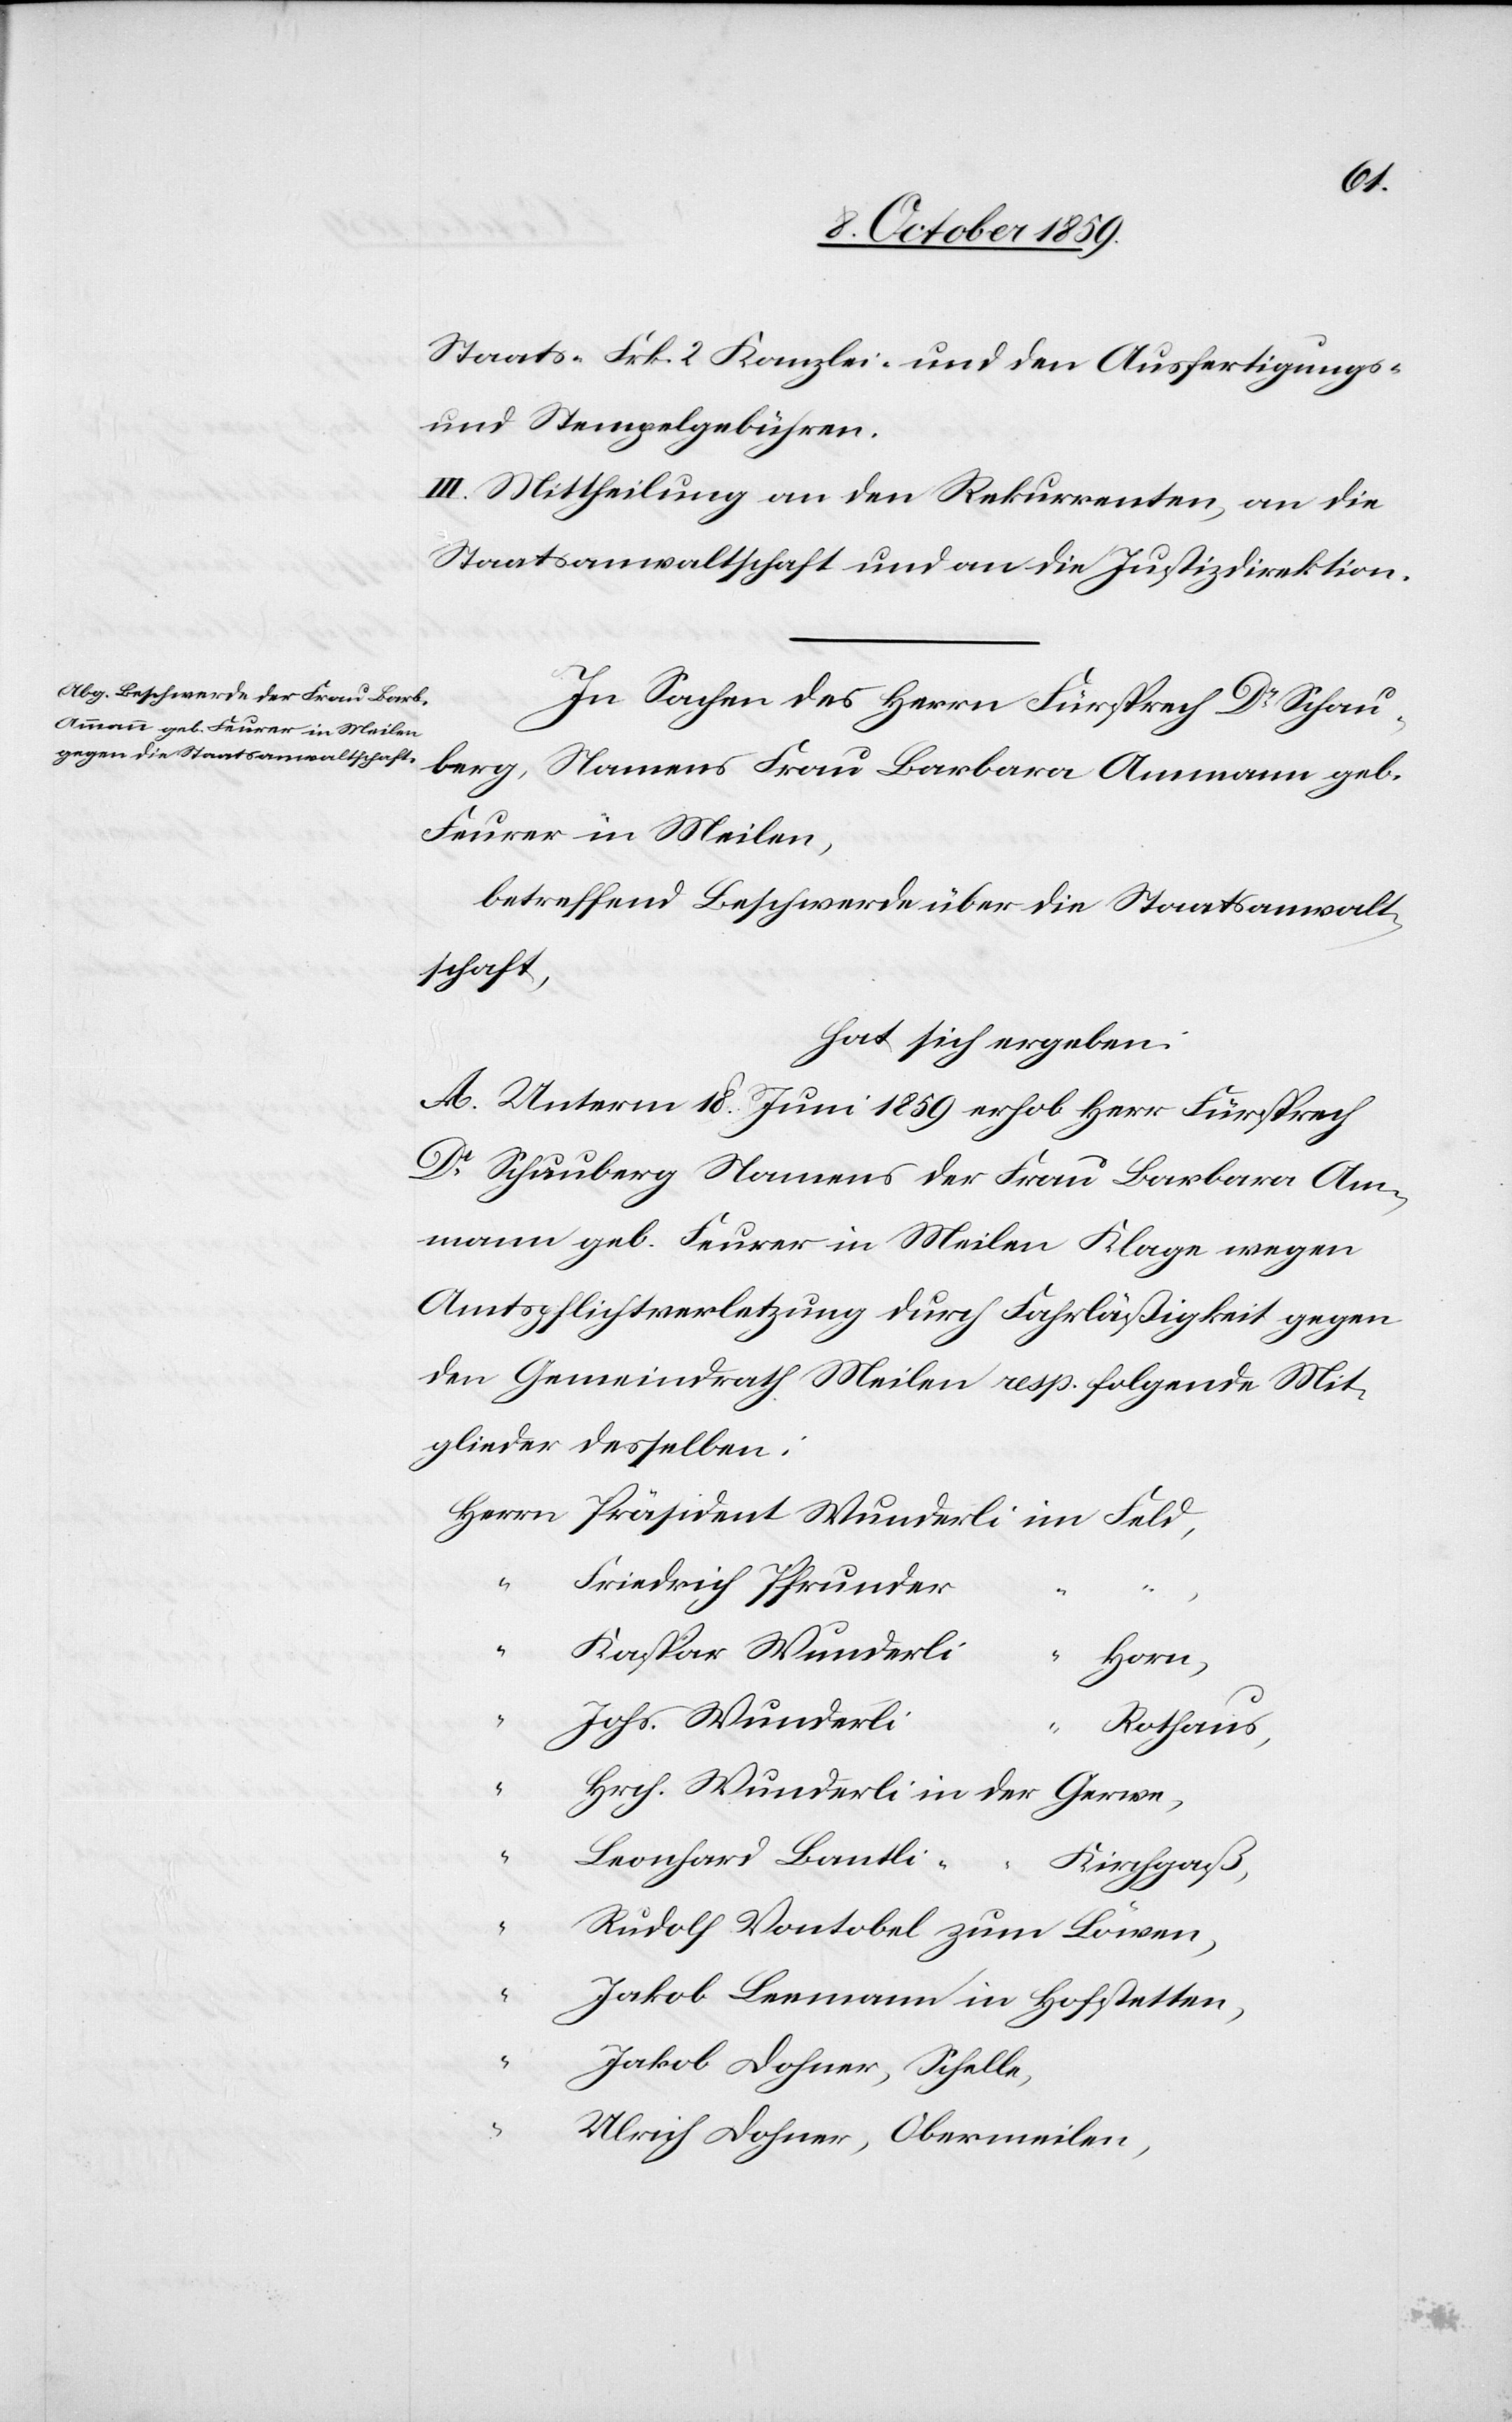
[Heinr¬
Staats-[,] Frk. 2 Kanzlei- und den Ausfertigungs-
und Stempelgebühren.
III. Mittheilung an den Rekurrenten, an die
Staatsanwaltschaft und an die Justizdirektion.
In Sachen des Herrn Fürsprech Dr Schau¬
“
berg, Namens Frau Barbara Ammann geb.
Feurer in Meilen,
betreffend Beschwerde über die Staatsanwalt¬
schaft,
hat sich ergeben:
A. Unterm 18. Juni 1859 erhob Herr Fürsprech
Dr Schauberg Namens der Frau Barbara Am¬
mann geb. Feurer in Meilen Klage wegen
Amtspflichtverletzung durch Fahrläßigkeit gegen
den Gemeindrath Meilen resp. folgende Mit¬
glieder desselben:
“
Friedrich Pfrunder
“
Kaspar Wunderli
Horn,
ich] Wunderli
Rothaus,
Leonhard Bantli
Kirchgaß,
“